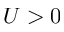
U > 0